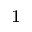
^ 1